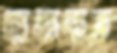
হামাদান